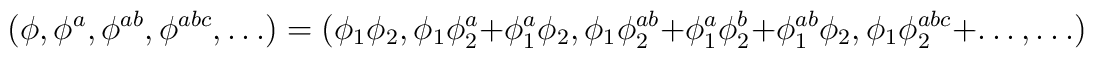
( \phi, \phi^a, \phi^{ab}, \phi^{abc}, \ldots ) =	  ( \phi_1 \phi_2, \phi_1 \phi_2^a + \phi_1^a \phi_2,	    \phi_1 \phi_2^{ab} + \phi_1^a \phi_2^b + \phi_1^{ab} \phi_2,	    \phi_1 \phi_2^{abc} + \ldots, \ldots )